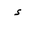
Letter: _hamza